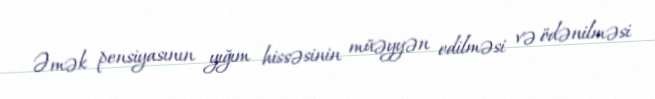
Əmək pensiyasının yığım hissəsinin müəyyən edilməsi və ödənilməsi